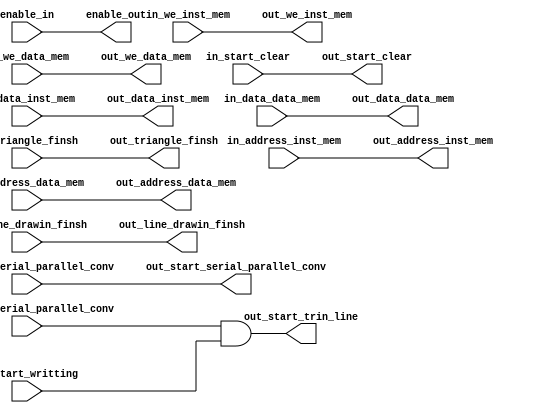
module Input_Interface(in_we_inst_mem,in_data_inst_mem,in_address_inst_mem,
                       out_we_inst_mem,out_data_inst_mem,out_address_inst_mem,
							  in_we_data_mem,in_data_data_mem,in_address_data_mem,
                       out_we_data_mem,out_data_data_mem,out_address_data_mem,
							  in_start_serial_parallel_conv,out_start_serial_parallel_conv,
							  in_finsh_serial_parallel_conv,
							  out_start_trin_line,
							  in_triangle_finsh,out_triangle_finsh,
							  in_line_drawin_finsh,out_line_drawin_finsh,
							  in_start_writting,
							  in_start_clear,out_start_clear,enable_in,enable_out);


input in_we_inst_mem;
input [14:0]in_data_inst_mem;
input [7:0]in_address_inst_mem;
output out_we_inst_mem;
output [14:0]out_data_inst_mem;
output [7:0]out_address_inst_mem;
					
input in_we_data_mem;
input [127:0]in_data_data_mem;
input [7:0]in_address_data_mem;
output out_we_data_mem;
output [127:0]out_data_data_mem;
output [7:0]out_address_data_mem;
input enable_in;
output enable_out;
							  
input in_start_serial_parallel_conv;
output out_start_serial_parallel_conv;
input in_finsh_serial_parallel_conv;
input in_start_writting;
output out_start_trin_line;
input in_triangle_finsh;
output out_triangle_finsh;
input in_line_drawin_finsh;
output out_line_drawin_finsh;
input in_start_clear;
output out_start_clear;
							  
							  
assign out_we_inst_mem=in_we_inst_mem;
assign out_data_inst_mem=in_data_inst_mem;
assign out_address_inst_mem=in_address_inst_mem;
		
assign out_we_data_mem=in_we_data_mem;
assign out_data_data_mem=in_data_data_mem;
assign out_address_data_mem=in_address_data_mem;
assign enable_out = enable_in;							  
assign out_start_serial_parallel_conv=in_start_serial_parallel_conv;	 
assign out_start_trin_line=in_finsh_serial_parallel_conv	& in_start_writting;							 	 
assign out_triangle_finsh =in_triangle_finsh;
assign out_line_drawin_finsh =in_line_drawin_finsh;	
assign out_start_clear = in_start_clear;								
							 
endmodule